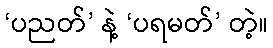
‘ပညတ်’ နဲ့ ‘ပရမတ်’ တဲ့။